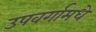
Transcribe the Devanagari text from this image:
उपवर्गामधे